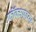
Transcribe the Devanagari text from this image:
फ़ॉक्सफ़ायर